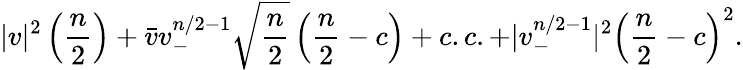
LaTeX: |v|^{2}\left({\frac{n}{2}}\right)+\bar{v}v_{-}^{n/2-1}\sqrt{{\frac{n}{2}}}\left({\frac{n}{2}}-c\right)+c.c.+|v_{-}^{n/2-1}|^{2}\left({\frac{n}{2}}-c\right)^{2}.